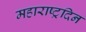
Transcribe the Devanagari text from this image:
महाराष्ट्रदिन